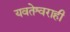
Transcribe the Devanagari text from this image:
यवतेश्वराही